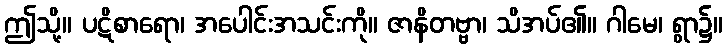
ဤသို့။ ပဋိစာရော၊ အပေါင်းအသင်းကို။ ဇာနိတဗ္ဗာ၊ သိအပ်၏။ ဂါမေ၊ ရွာ၌။